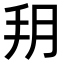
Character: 𦙚